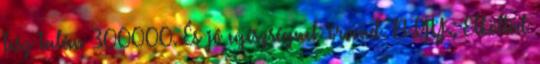
lesz talán 300000. És jó egészségnek örvend. B.GY.: Elköltöd